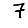
Digit: 7